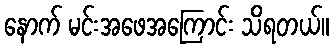
နောက် မင်းအဖေအကြောင်း သိရတယ်။